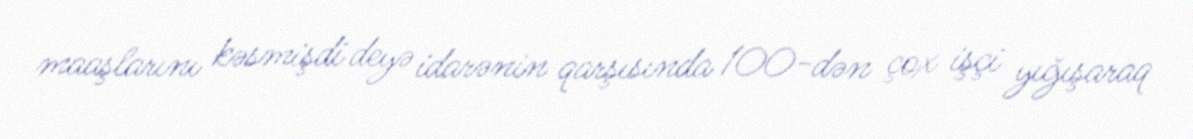
maaşlarını kəsmişdi deyə idarənin qarşısında 100-dən çox işçi yığışaraq